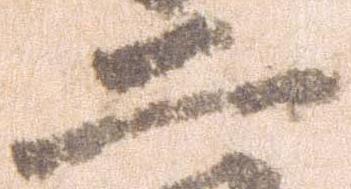
二